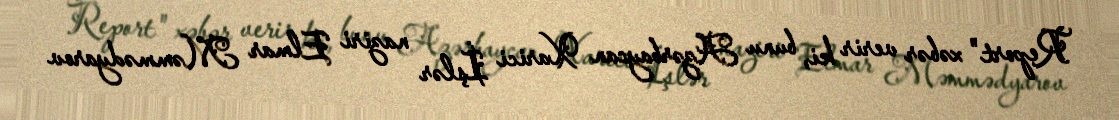
Report" xəbər verir ki, bunu Azərbaycan Xarici İşlər naziri Elmar Məmmədyarov